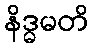
နိဒ္ဓမတိ